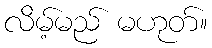
လိမ့်မည် မဟုတ်။